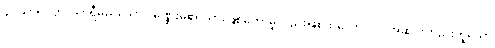
၄။ သာရိပုတ္တံ၊ သာရီမည်သော ပုဏ္ဏေးမ၏ သားဖြစ်တော်မူလည်းဖြစ်ထသော။ ဝါ၊ အဆင်းတည်းဟူသော